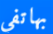
بهاتفي